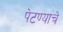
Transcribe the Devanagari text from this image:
पेटण्याचे